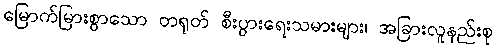
မြောက်မြားစွာသော တရုတ် စီးပွားရေးသမားများ၊ အခြားလူနည်းစု